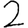
Digit: 2